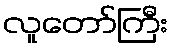
လူတော်ကြီး